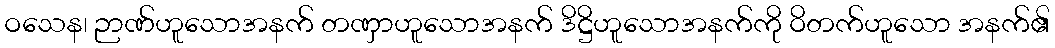
ဝသေန၊ ဉာဏ်ဟူသောအနက် တဏှာဟူသောအနက် ဒိဋ္ဌိဟူသောအနက်ကို ဝိတက်ဟူသော အနက်၏